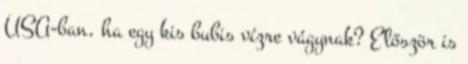
USA-ban, ha egy kis bubis vízre vágynak? Először is